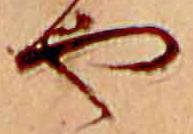
や